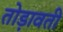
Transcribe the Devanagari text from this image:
तोड़ावती